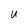
Character: U